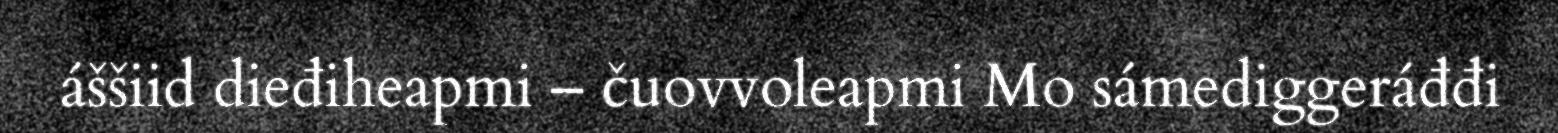
áššiid dieđiheapmi – čuovvoleapmi Mo sámediggeráđđi